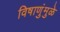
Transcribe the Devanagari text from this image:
विषाणुंमुळे